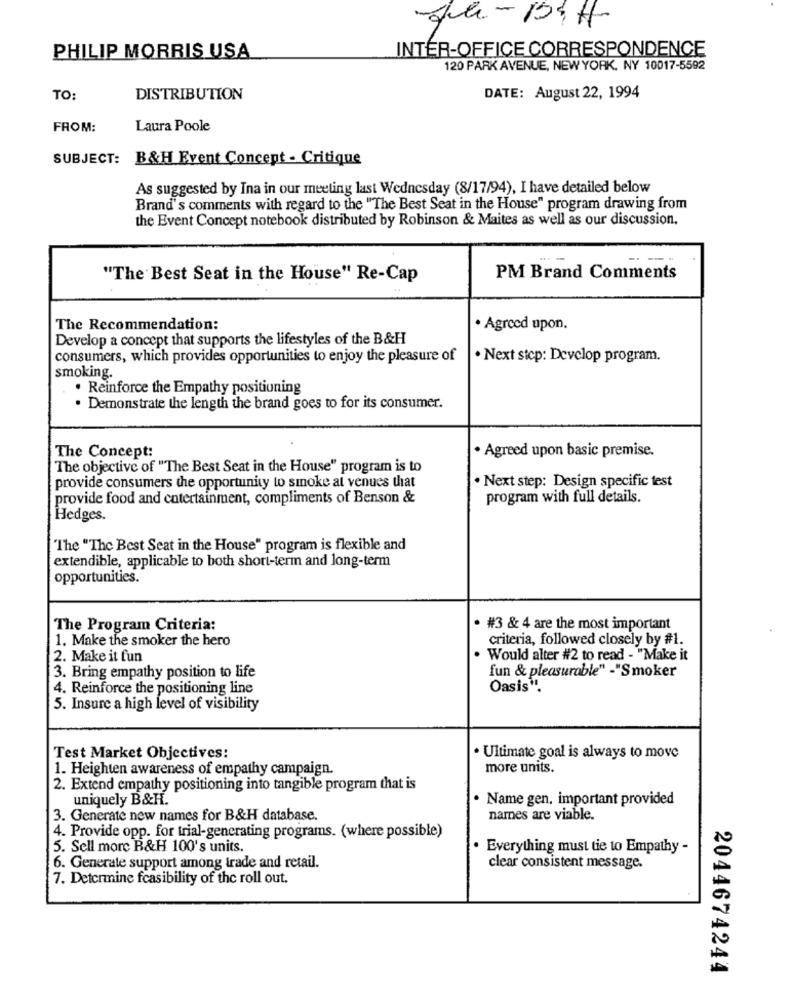
INTER-OFFICE CORRESPONDENCE
PHILIP MORRIS USA
120 PARK AVENUE, NEW YORK, NY 10017-5592
TO:
DISTRIBUTION
DATE: August 22, 1994
FROM:
Laura Poole
SUBJECT: B&H Event Concept - Critique
As suggested by Ina in our meeting last Wednesday (8/17/94), I have detailed below
Brand's comments with regard to the "The Best Seat in the House" program drawing from
the Event Concept notebook distributed by Robinson & Maites as well as our discussion.
"The Best Seat in the House" Re-Cap
PM Brand Comments
The Recommendation:
· Agreed upon.
Develop a concept that supports the lifestyles of the B&H
consumers, which provides opportunities to enjoy the pleasure of
. Next step: Develop program.
smoking.
. Reinforce the Empathy positioning
. Demonstrate the length the brand goes to for its consumer.
The Concept:
· Agreed upon basic premise.
The objective of "The Best Seat in the House" program is to
provide consumers the opportunity to smoke at venues that
. Next step: Design specific test
provide food and entertainment, compliments of Benson &
program with full details.
Hedges.
"The "The Best Seat in the House" program is flexible and
extendible, applicable to both short-term and long-term
opportunities.
The Program Criteria:
· #3 & 4 are the most important
1. Make the smoker the hero
criteria, followed closely by #1.
2. Make it fun
. Would alter #2 to read - "Make it
fun & pleasurable" -"Smoker
3. Bring empathy position to life
4. Reinforce the positioning line
Oasis".
5. Insure a high level of visibility
Test Market Objectives:
· Ultimate goal is always to move
1. Heighten awareness of empathy campaign.
more units.
2. Extend empathy positioning into tangible program that is
uniquely B&H.
· Name gen, important provided
3. Generate new names for B&H database.
names are viable.
4. Provide opp. for trial-generating programs. (where possible)
5. Sell more B&H 100's units.
. Everything must tie to Empathy -
6. Generale support among trade and retail.
clear consistent message.
7. Determine fcasibility of the roll out.
2044674244